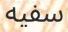
سفيه